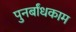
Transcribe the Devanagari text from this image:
पुनर्बांधकाम